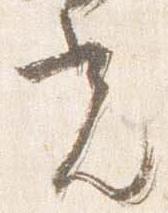
光